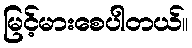
မြင့်မားစေပါတယ်။